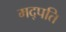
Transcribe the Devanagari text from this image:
मद्पति